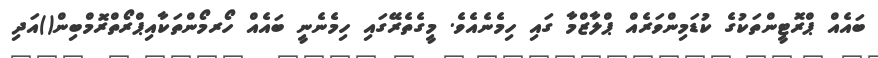
ބައެއް ޕްރޮޓީންތަކުގެ ކުޑަމިންވަރެއް ޕްލާޒްމާ ގައި ހިމެނެއެވެ. މީގެތެރޭގައި ހިމެނެނީ ބައެއް ހޯރމޯންތަކާއިޕްރޯތްރޮމްބިން()އަދި